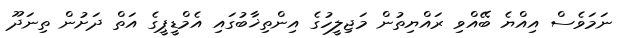
ނަމަވެސް އިއްޔެ ބޭއްވި ރައްޔިތުން މަޖިލީހުގެ އިންތިޚާބުގައި އެމްޑީޕީގެ އަތް ދަށުން ތިނަދޫ